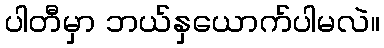
ပါတီမှာ ဘယ်နှယောက်ပါမလဲ။